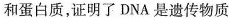
和蛋白质，证明了DNA是遗传物质